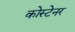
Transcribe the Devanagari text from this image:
कोस्टेनर